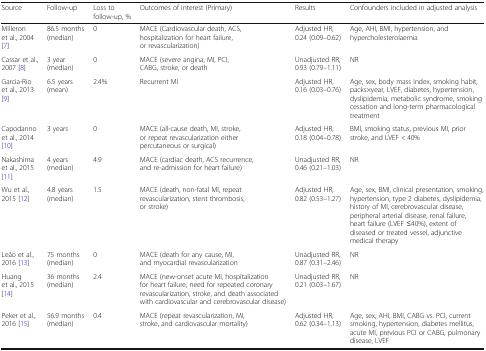
<table><thead><tr><td><b>Source</b></td><td><b>Follow-up</b></td><td><b>Loss to follow-up, %</b></td><td><b>Outcomes of interest (Primary)</b></td><td><b>Results</b></td><td><b>Confounders included in adjusted analysis</b></td></tr></thead><tbody><tr><td>Milleron et al., 2004 [7]</td><td>86.5 months (median)</td><td>0</td><td>MACE (Cardiovascular death, ACS, hospitalization for heart failure, or revascularization)</td><td>Adjusted HR, 0.24 (0.09–0.62)</td><td>Age, AHI, BMI, hypertension, and hypercholesterolaemia</td></tr><tr><td>Cassar et al., 2007 [8]</td><td>3 year (median)</td><td>0</td><td>MACE (severe angina, MI, PCI, CABG, stroke, or death</td><td>Unadjusted RR, 0.93 (0.79–1.11)</td><td>NR</td></tr><tr><td>Garcia-Rio et al., 2013 [9]</td><td>6.5 years (mean)</td><td>2.4%</td><td>Recurrent MI</td><td>Adjusted HR, 0.16 (0.03–0.76)</td><td>Age, sex, body mass index, smoking habit, packs×year, LVEF, diabetes, hypertension, dyslipidemia, metabolic syndrome, smoking cessation and long-term pharmacological treatment</td></tr><tr><td>Capodanno et al., 2014 [10]</td><td>3 years</td><td>0</td><td>MACE (all-cause death, MI, stroke, or repeat revascularization either percutaneous or surgical)</td><td>Adjusted HR, 0.18 (0.04–0.78)</td><td>BMI, smoking status, previous MI, prior stroke, and LVEF &lt; 40%</td></tr><tr><td>Nakashima et al., 2015 [11]</td><td>4 years (median)</td><td>4.9</td><td>MACE (cardiac death, ACS recurrence, and re-admission for heart failure)</td><td>Unadjusted RR, 0.46 (0.21–1.03)</td><td>NR</td></tr><tr><td>Wu et al., 2015 [12]</td><td>4.8 years (median)</td><td>1.5</td><td>MACE (death, non-fatal MI, repeat revascularization, stent thrombosis, or stroke)</td><td>Adjusted HR, 0.82 (0.53–1.27)</td><td>Age, sex, BMI, clinical presentation, smoking, hypertension, type 2 diabetes, dyslipidemia, history of MI, cerebrovascular disease, peripheral arterial disease, renal failure, heart failure (LVEF ≤40%), extent of diseased or treated vessel, adjunctive medical therapy</td></tr><tr><td>Leão et al., 2016 [13]</td><td>75 months (median)</td><td>0</td><td>MACE (death for any cause, MI, and myocardial revascularization</td><td>Unadjusted RR, 0.87 (0.31–2.46)</td><td>NR</td></tr><tr><td>Huang et al., 2015 [14]</td><td>36 months (median)</td><td>2.4</td><td>MACE (new-onset acute MI, hospitalization for heart failure, need for repeated coronary revascularization, stroke, and death associated with cardiovascular and cerebrovascular disease)</td><td>Unadjusted RR, 0.21 (0.03–1.67)</td><td>NR</td></tr><tr><td>Peker et al., 2016 [15]</td><td>56.9 months (median)</td><td>0.4</td><td>MACE (repeat revascularization, MI, stroke, and cardiovascular mortality)</td><td>Adjusted HR, 0.62 (0.34–1.13)</td><td>Age, sex, AHI, BMI, CABG vs. PCI, current smoking, hypertension, diabetes mellitus, acute MI, previous PCI or CABG, pulmonary disease, LVEF</td></tr></tbody></table>